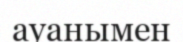
ауанымен